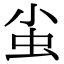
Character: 𧈨